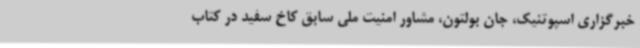
خبرگزاری اسپوتنیک، جان بولتون، مشاور امنیت ملی سابق کاخ سفید در کتاب